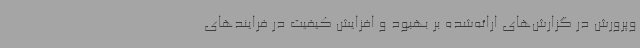
وپرورش در گزارش‌های ارائه‌شده بر بهبود و افزایش کیفیت در فرایندهای